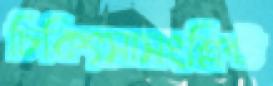
চিকিৎসাসংশ্লিষ্ট